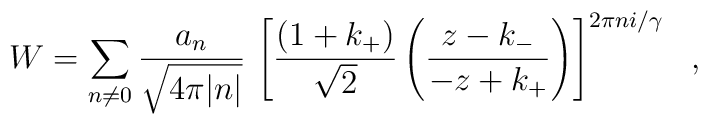
W = \sum_{n\ne0} \frac{a_n}{\sqrt{4\pi|n|}} \, \left[\frac{(1 + k_+)}{\sqrt{2}}\left( \frac{z - k_-}{-z + k_+} \right) \right]^{2\pi n i/\gamma}\ \ ,